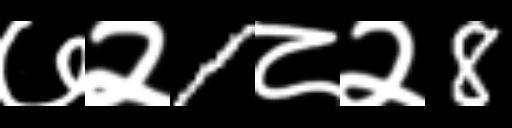
Text: ७२1८२8